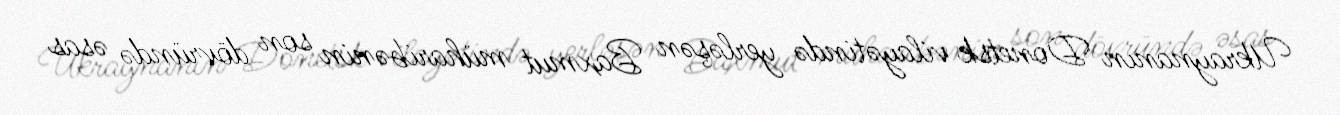
Ukraynanın Donetsk vilayətində yerləşən Baxmut müharibənin son dövründə əsas